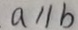
a / / b